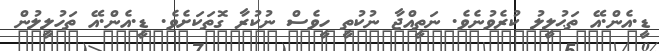
ޑީ.އެން.އޭ ތަޙުލީލު ކުރެވުނެވެ. ނަތީއްޖާ ނުކުތީ ހީވެސް ނުކުރާ ގޮތަކަށެވެ. ޑީ.އެން.އޭ ތަހުލީލުން